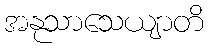
အနုသာသေယျာတိ